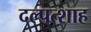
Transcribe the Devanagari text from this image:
दल्पत्शाह